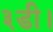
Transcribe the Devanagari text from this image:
३डी।